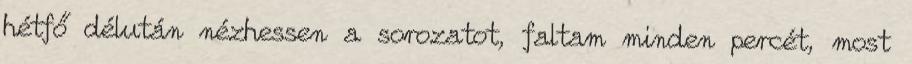
hétfő délután nézhessen a sorozatot, faltam minden percét, most